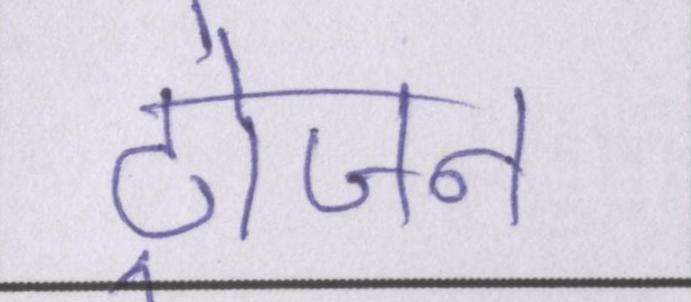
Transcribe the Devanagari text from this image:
ट्रोजन